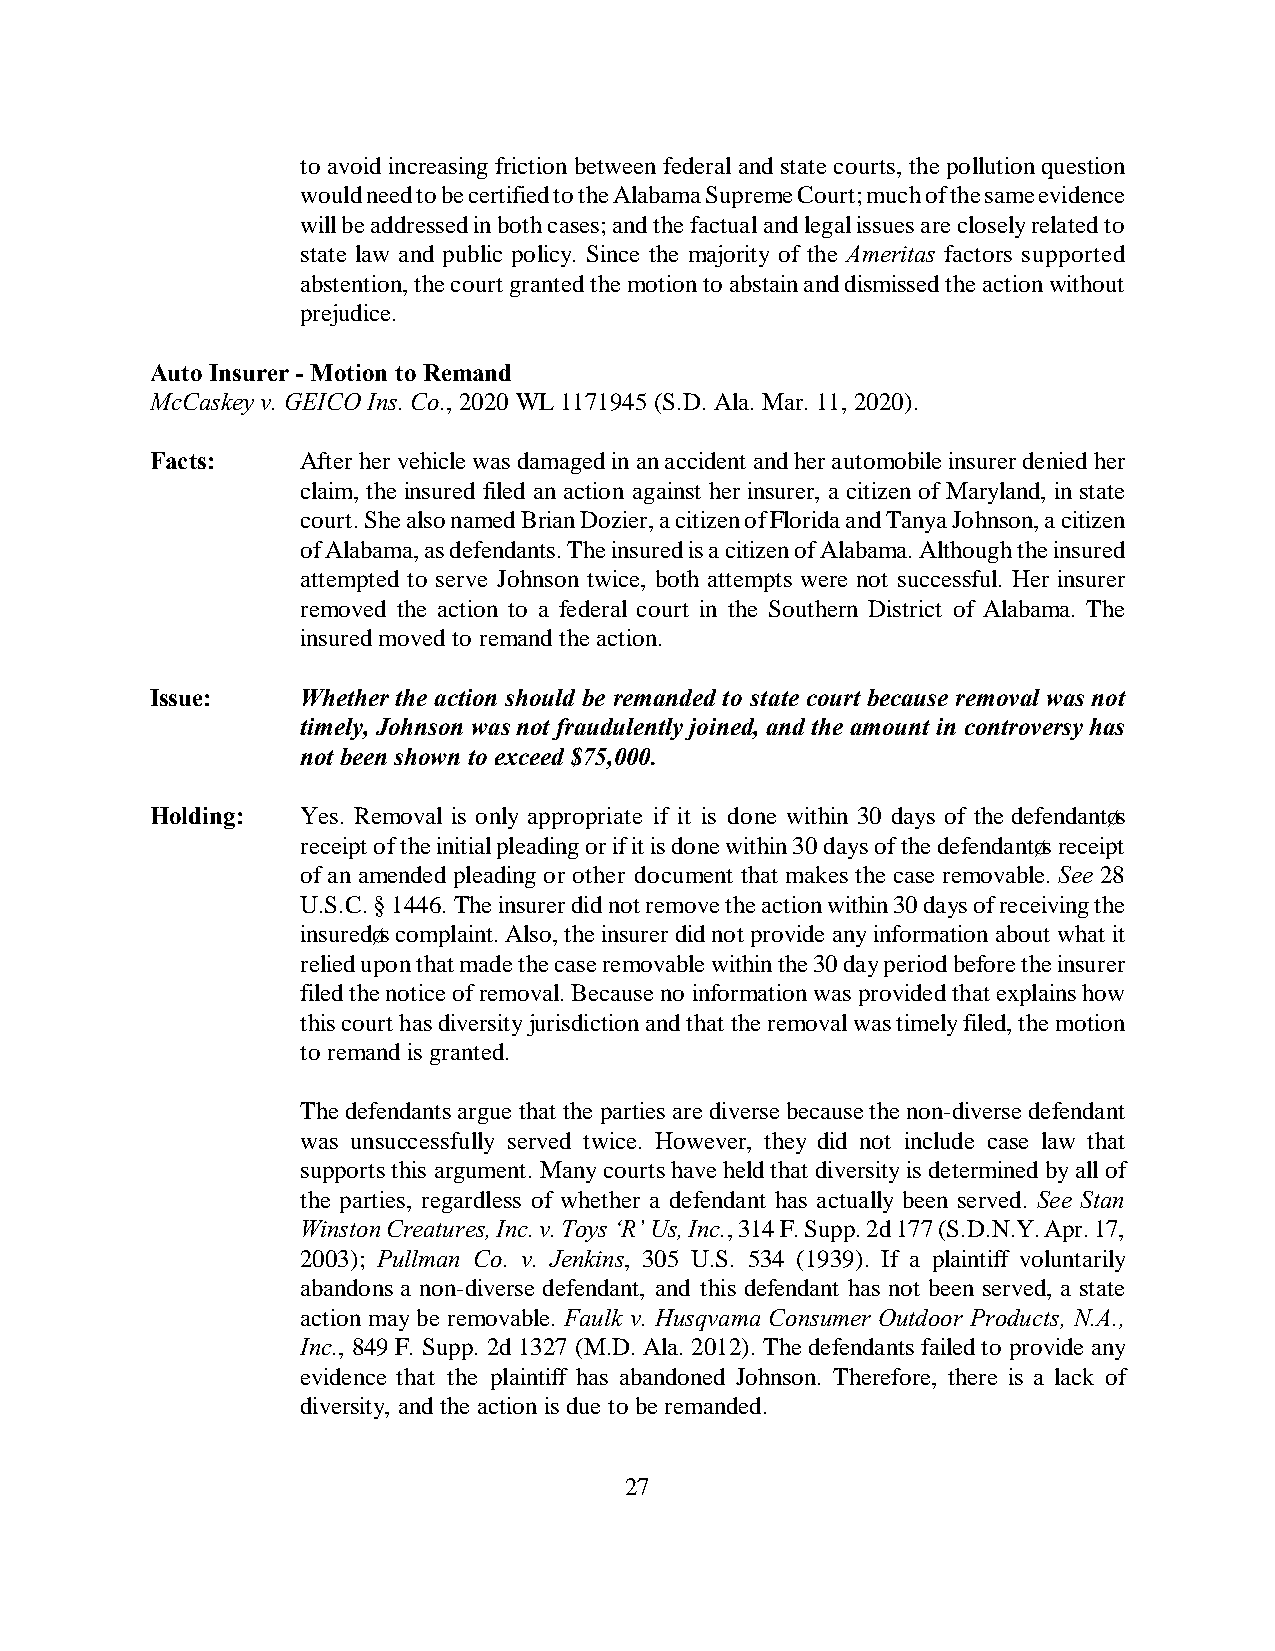
to avoid increasing friction between federal and state courts, the pollution question
 would need to be certified to the Alabama Supreme Court; much of the same evidence
 will be addressed in both cases; and the factual and legal issues are closely related to
 state law and public policy. Since the majority of the Ameritas factors supported
 abstention, the court granted the motion to abstain and dismissed the action without
 prejudice.
 Auto Insurer - Motion to Remand
 McCaskey v. GEICO Ins. Co., 2020 WL 1171945 (S.D. Ala. Mar. 11, 2020).
 Facts:    After her vehicle was damaged in an accident and her automobile insurer denied her
 claim, the insured filed an action against her insurer, a citizen of Maryland, in state
 court. She also named Brian Dozier, a citizen of Florida and Tanya Johnson, a citizen
 of Alabama, as defendants. The insured is a citizen of Alabama. Although the insured
 attempted to serve Johnson twice, both attempts were not successful. Her insurer
 removed the action to a federal court in the Southern District of Alabama. The
 insured moved to remand the action.
 Issue:    Whether the action should be remanded to state court because removal was not
 timely, Johnson was not fraudulently joined, and the amount in controversy has
 not been shown to exceed $75,000.
 Holding:  Yes. Removal is only appropriate if it is done within 30 days of the defendant’s
 receipt of the initial pleading or if it is done within 30 days of the defendant’s receipt
 of an amended pleading or other document that makes the case removable. See 28
 U.S.C. § 1446. The insurer did not remove the action within 30 days of receiving the
 insured’s complaint. Also, the insurer did not provide any information about what it
 relied upon that made the case removable within the 30 day period before the insurer
 filed the notice of removal. Because no information was provided that explains how
 this court has diversity jurisdiction and that the removal was timely filed, the motion
 to remand is granted.
 The defendants argue that the parties are diverse because the non-diverse defendant
 was unsuccessfully served twice. However, they did not include case law that
 supports this argument. Many courts have held that diversity is determined by all of
 the parties, regardless of whether a defendant has actually been served. See Stan
 Winston Creatures, Inc. v. Toys ‘R’ Us, Inc., 314 F. Supp. 2d 177 (S.D.N.Y. Apr. 17,
 2003); Pullman Co. v. Jenkins, 305 U.S. 534 (1939). If a plaintiff voluntarily
 abandons a non-diverse defendant, and this defendant has not been served, a state
 action may be removable. Faulk v. Husqvama Consumer Outdoor Products, N.A.,
 Inc., 849 F. Supp. 2d 1327 (M.D. Ala. 2012). The defendants failed to provide any
 evidence that the plaintiff has abandoned Johnson. Therefore, there is a lack of
 diversity, and the action is due to be remanded.
 27